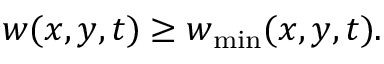
w ( x , y , t ) \geq w _ { \mathrm { m i n } } ( x , y , t ) .